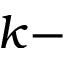
k -